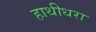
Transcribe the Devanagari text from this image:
हाथीधरा